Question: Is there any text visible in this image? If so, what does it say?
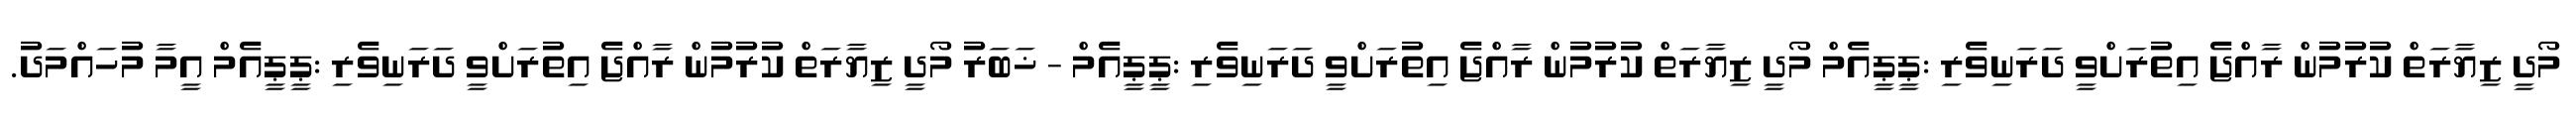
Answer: މޯދީ ޒިޔާރަތް ކުރުމުން ރާއްޖެ އިތުރަށްވީ ދަރަނިވެރި :ޕީޕީއެމް މޯދީ ޒިޔާރަތް ކުރުމުން ރާއްޖެ އިތުރަށްވީ ދަރަނިވެރި :ޕީޕީއެމް - ޚަބަރު މޯދީ ޒިޔާރަތް ކުރުމުން ރާއްޖެ އިތުރަށްވީ ދަރަނިވެރި :ޕީޕީއެމް އީމާ މުހައްމަދު.